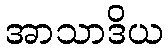
အာသာဒိယ